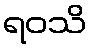
ရဝသိ